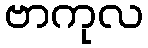
ဗာကုလ